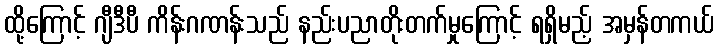
ထို့ကြောင့် ဂျီဒီပီ ကိန်းဂဏန်းသည် နည်းပညာတိုးတက်မှုကြောင့် ရရှိမည့် အမှန်တကယ်